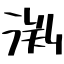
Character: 渕